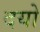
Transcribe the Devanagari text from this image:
दयो